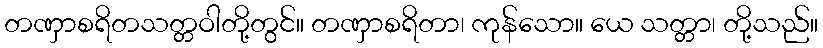
တဏှာစရိတသတ္တဝါတို့တွင်။ တဏှာစရိတာ၊ ကုန်သော။ ယေ သတ္တာ၊ တို့သည်။